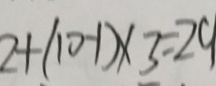
2 + ( 1 0 - 1 ) \times 3 = 2 9